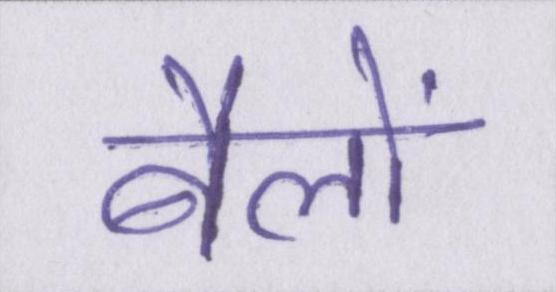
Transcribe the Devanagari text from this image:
बैलों